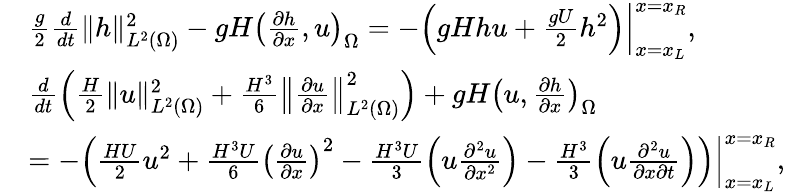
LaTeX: \begin{array}{rl}&{\frac{g}{2}\frac{d}{dt}\| h\| _{L^{2}(\Omega)}^{2}-gH\left(\frac{\partial h}{\partial x},u\right)_{\Omega}=-\left.\left(gHhu+\frac{gU}{2}h^{2}\right)\right|_{x=x_{L}}^{x=x_{R}},}\\ &{\frac{d}{dt}\left(\frac{H}{2}\| u\| _{L^{2}(\Omega)}^{2}+\frac{H^{3}}{6}\left\| \frac{\partial u}{\partial x}\right\| _{L^{2}(\Omega)}^{2}\right)+gH\left(u,\frac{\partial h}{\partial x}\right)_{\Omega}}\\ &{=-\left.\left(\frac{HU}{2}u^{2}+\frac{H^{3}U}{6}\left(\frac{\partial u}{\partial x}\right)^{2}-\frac{H^{3}U}{3}\left(u\frac{\partial^{2}u}{\partial x^{2}}\right)-\frac{H^{3}}{3}\left(u\frac{\partial^{2}u}{\partial x\partial t}\right)\right)\right|_{x=x_{L}}^{x=x_{R}},}\end{array}